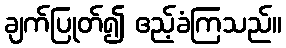
ချက်ပြုတ်၍ ဧည့်ခံကြသည်။